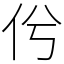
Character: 𠆵